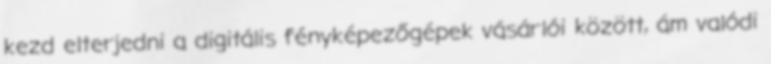
kezd elterjedni a digitális fényképezőgépek vásárlói között, ám valódi